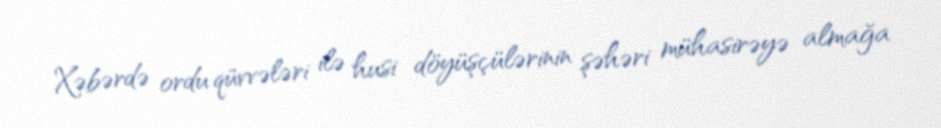
Xəbərdə ordu qüvvələri ilə husi döyüşçülərinin şəhəri mühasirəyə almağa